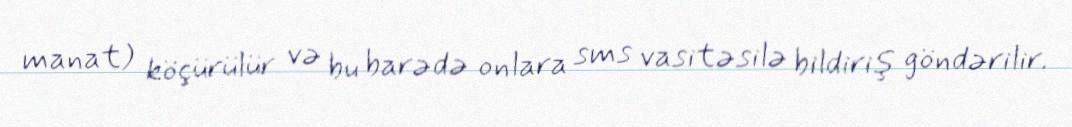
manat) köçürülür və bu barədə onlara sms vasitəsilə bildiriş göndərilir.